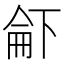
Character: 𠁄